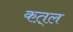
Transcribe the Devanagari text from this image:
कत़्ल